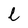
Character: l